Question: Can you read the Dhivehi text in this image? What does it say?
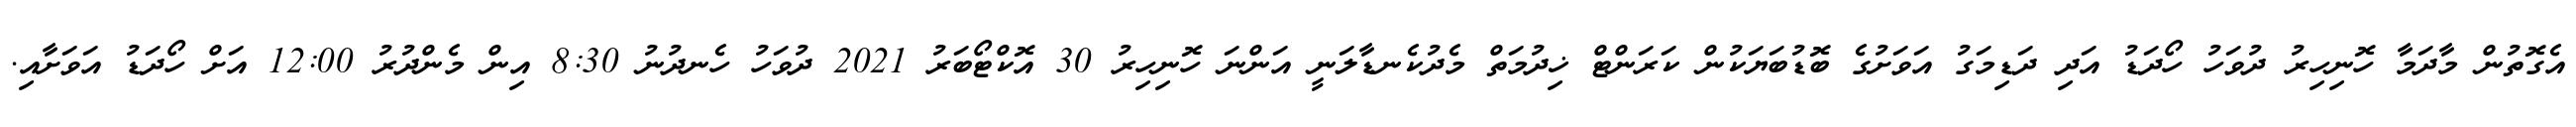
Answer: އެގޮތުން މާދަމާ ހޮނިހިރު ދުވަހު ހޯދަޑު އަދި ދަޑިމަގު އަވަށުގެ ބޮޑުބަޔަކުން ކަރަންޓް ޚިދުމަތް މެދުކެނޑާލަނީ އަންނަ ހޮނިހިރު 30 އޮކްޓޯބަރު 2021 ދުވަހު ހެނދުނު 8:30 އިން މެންދުރު 12:00 އަށް ހޯދަޑު އަވަށާއި.